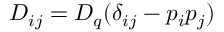
D _ { i j } = D _ { q } ( \delta _ { i j } - p _ { i } p _ { j } )